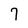
Character: 7